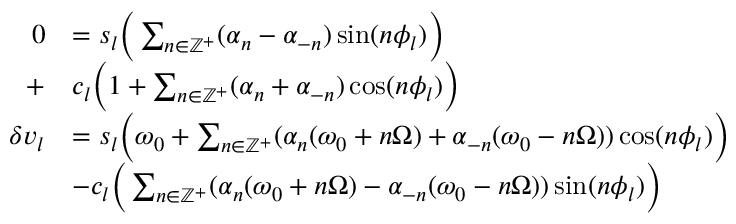
\begin{array} { r l } { 0 } & { = s _ { l } \Big ( \sum _ { n \in \mathbb { Z } ^ { + } } ( \alpha _ { n } - \alpha _ { - n } ) \sin ( n \phi _ { l } ) \Big ) } \\ { + } & { c _ { l } \Big ( 1 + \sum _ { n \in \mathbb { Z } ^ { + } } ( \alpha _ { n } + \alpha _ { - n } ) \cos ( n \phi _ { l } ) \Big ) } \\ { \delta v _ { l } } & { = s _ { l } \Big ( \omega _ { 0 } + \sum _ { n \in \mathbb { Z } ^ { + } } ( \alpha _ { n } ( \omega _ { 0 } + n \Omega ) + \alpha _ { - n } ( \omega _ { 0 } - n \Omega ) ) \cos ( n \phi _ { l } ) \Big ) } \\ & { - c _ { l } \Big ( \sum _ { n \in \mathbb { Z } ^ { + } } ( \alpha _ { n } ( \omega _ { 0 } + n \Omega ) - \alpha _ { - n } ( \omega _ { 0 } - n \Omega ) ) \sin ( n \phi _ { l } ) \Big ) } \end{array}